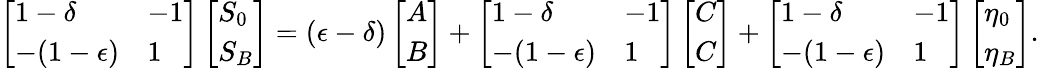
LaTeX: \left[\begin{array}{ll}{1-\delta}&{-1}\\ {-(1-\epsilon)}&{1}\end{array}\right]\left[\begin{array}{l}{S_{0}}\\ {S_{B}}\end{array}\right]=(\epsilon-\delta)\left[\begin{array}{l}{A}\\ {B}\end{array}\right]+\left[\begin{array}{ll}{1-\delta}&{-1}\\ {-(1-\epsilon)}&{1}\end{array}\right]\left[\begin{array}{l}{C}\\ {C}\end{array}\right]+\left[\begin{array}{ll}{1-\delta}&{-1}\\ {-(1-\epsilon)}&{1}\end{array}\right]\left[\begin{array}{l}{\eta_{0}}\\ {\eta_{B}}\end{array}\right].